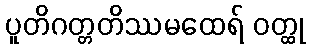
ပူတိဂတ္တတိဿမထေရ် ဝတ္ထု